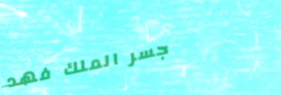
جسر الملك فهد